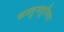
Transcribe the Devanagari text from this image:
कस्तुनतूनिया